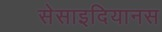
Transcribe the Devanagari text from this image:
सेसाइदियानस